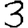
Digit: 3